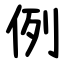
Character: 例